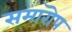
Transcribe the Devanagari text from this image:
समारॊप